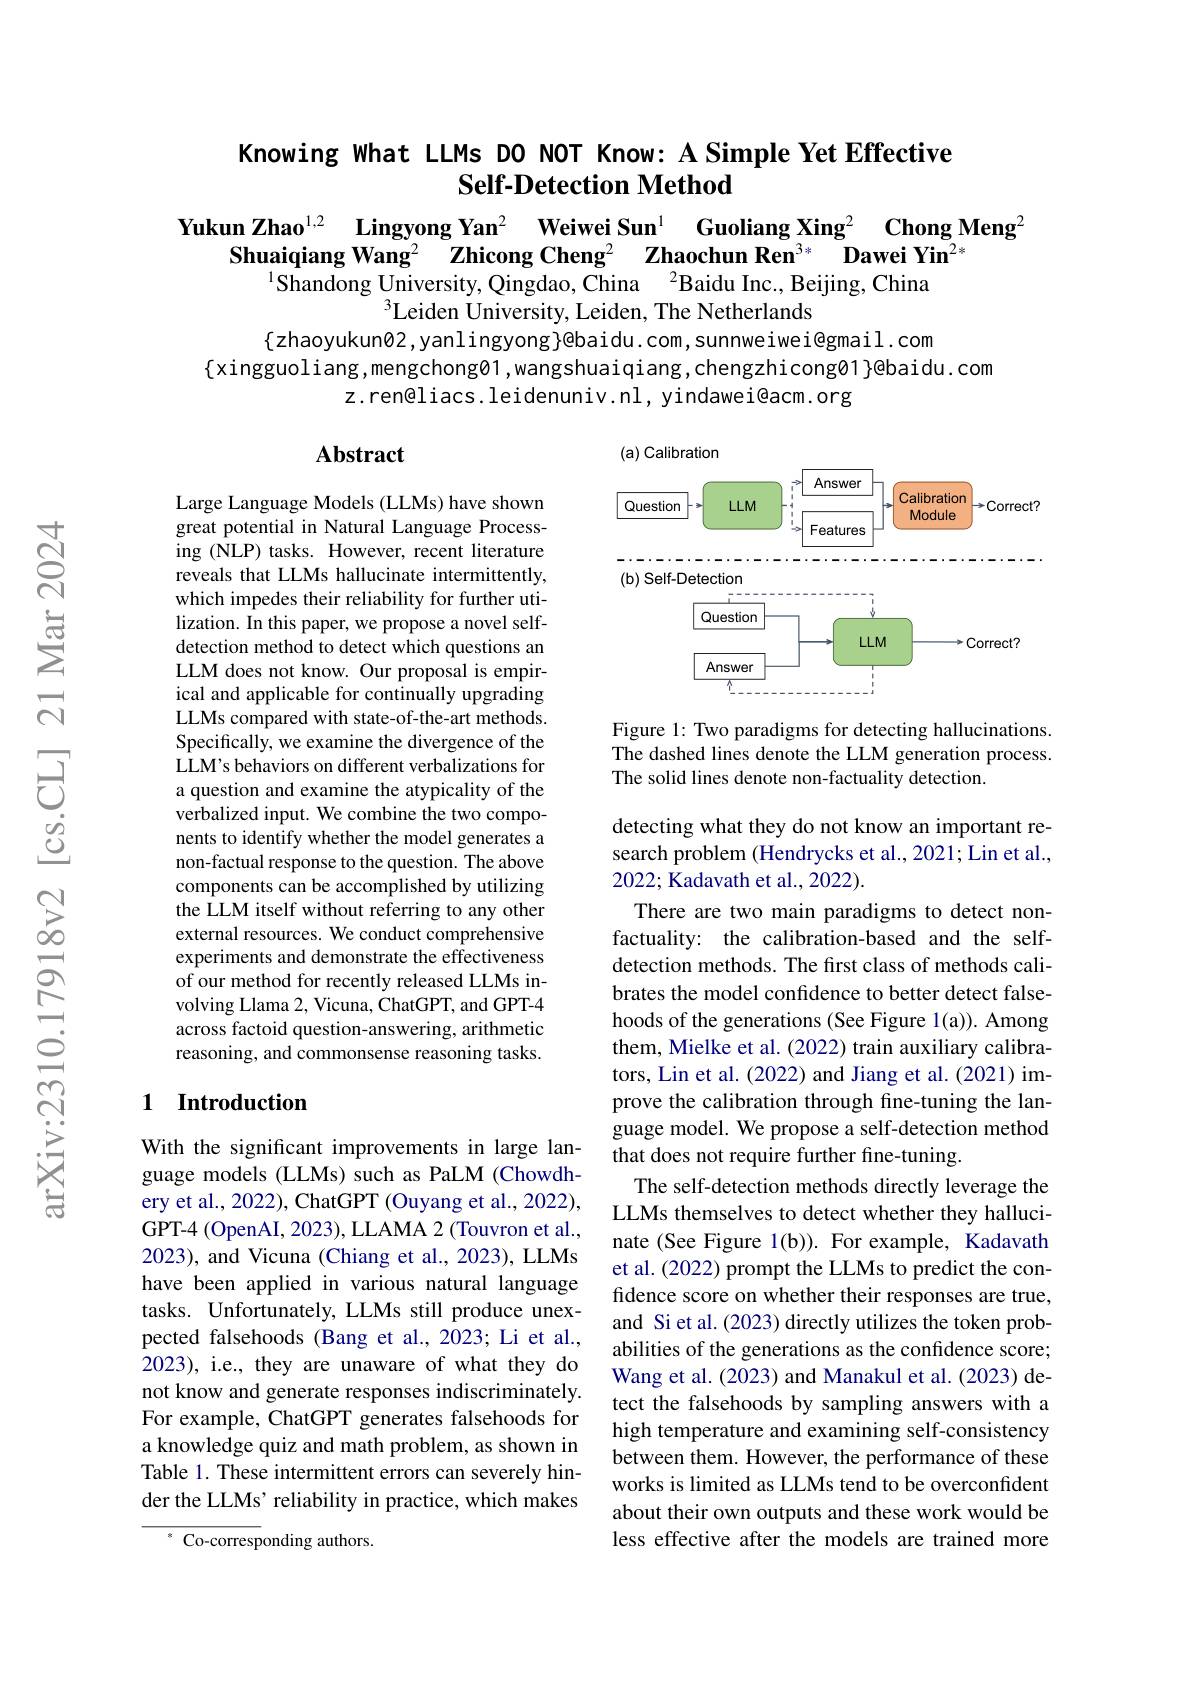
## Knowing What LLMs DO NOT Know: A Simple Yet Effective Self-Detection Method

Yukun Zhao$^{1,2}$ Lingyong Yan$^{2}$ Weiwei Sun$^{1}$ Guoliang Xing$^{2}\textbf{ChongMeng}^{2}$
Shuaiqiang Wang$^2$ $\textbf{Zhicong Cheng}^2$ $\text{Zhaochun Ren}^{3* }$ $\textbf{Dawei Yin}^{2* }$
$^{1}$Shandong University, Qingdao, China $^2$Baidu Inc., Beijing, China
$^3$Leiden University, Leiden, The Netherlands

$\{$zhaoyukun®2,yanlingyong}@baidu.com,sunnweiwei@gmail.com
$\{$xingguoliang,mengchongØ1,wangshuaiqiang,chengzhicongØ1}@baidu.com
z.ren@liacs.leidenuniv.nl, yindawei@acm.org

### $\mathbf{Abstract}$

<FigureHere>

Figure 1: Two paradigms for detecting hallucinations. The dashed lines denote the LLM generation process. The solid lines denote non-factuality detection.

Large Language Models (LLMs) have shown great potential in Natural Language Processing (NLP) tasks. However, recent literature reveals that LLMs hallucinate intermittently, which impedes their reliability for further utilization. In this paper, we propose a novel selfdetection method to detect which questions an LLM does not know. Our proposal is empirical and applicable for continually upgrading LLMs compared with state-of-the-art methods. Specifically, we examine the divergence of the LLM's behaviors on different verbalizations for a question and examine the atypicality of the verbalized input. We combine the two components to identify whether the model generates a non-factual response to the question. The above components can be accomplished by utilizing the LLM itself without referring to any other external resources. We conduct comprehensive experiments and demonstrate the effectiveness of our method for recently released LLMs involving Llama 2, Vicuna, ChatGPT, and GPT-4 across factoid question-answering, arithmetic reasoning, and commonsense reasoning tasks.

detecting what they do not know an important research problem (Hendrycks et al., 2021; Lin et al., 2022; Kadavath et al., 2022).

## 1 Introduction

There are two main paradigms to detect nonfactuality: the calibration-based and the selfdetection methods. The first class of methods calibrates the model confidence to better detect falsehoods of the generations (See Figure 1(a)). Among them, Mielke et al. (2022) train auxiliary calibrators, Lin et al. (2022) and Jiang et al. (2021) improve the calibration through fine-tuning the language model. We propose a self-detection method that does not require further fine-tuning.
The self-detection methods directly leverage the LLMs themselves to detect whether they hallucinate (See Figure 1(b)). For example, Kadavath et al. (2022) prompt the LLMs to predict the confidence score on whether their responses are true, and Si et al.(2023) directly utilizes the token probabilities of the generations as the confidence score; Wang et al. (2023) and Manakul et al. (2023) detect the falsehoods by sampling answers with a high temperature and examining self-consistency between them. However, the performance of these works is limited as LLMs tend to be overconfident about their own outputs and these work would be less effective after the models are trained more

With the significant improvements in large language models (LLMs) such as PaLM (Chowdhery et al., 2022), ChatGPT (Ouyang et al., 2022), GPT-4 (OpenAI, 2023), LLAMA 2 (Touvron et al., 2023), and Vicuna (Chiang et al., 2023), LLMs have been applied in various natural language tasks. Unfortunately, LLMs still produce unexpected falsehoods (Bang et al.,2023; Li et al., 2023), i.e., they are unaware of what they do not know and generate responses indiscriminately. For example, ChatGPT generates falsehoods for a knowledge quiz and math problem, as shown in Table 1. These intermittent errors can severely hinder the LLMs' reliability in practice, which makes

$^{*}$Co-corresponding authors.